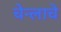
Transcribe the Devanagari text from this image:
चेन्लाचे